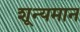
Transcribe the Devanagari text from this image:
शून्यमान